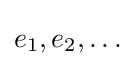
e_{1},e_{2},\dots